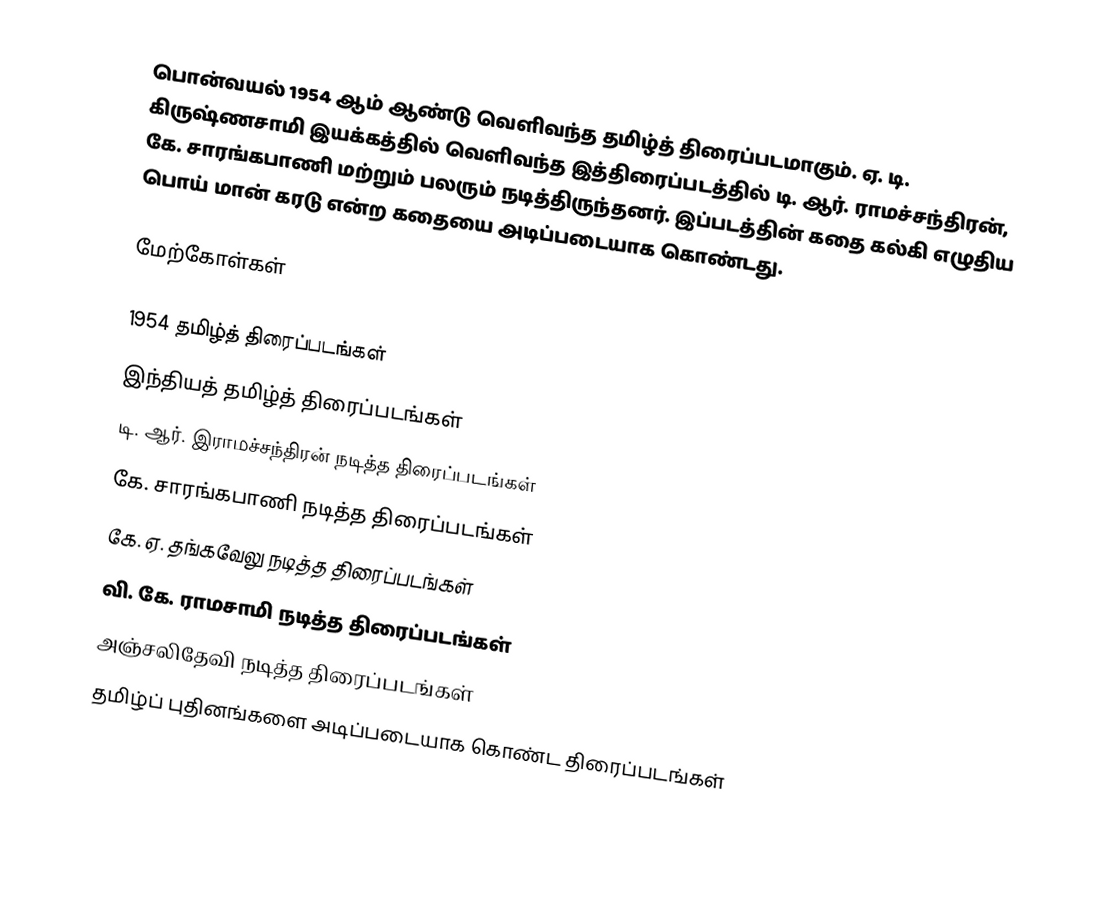
பொன்வயல் 1954 ஆம் ஆண்டு வெளிவந்த தமிழ்த் திரைப்படமாகும். ஏ. டி. கிருஷ்ணசாமி இயக்கத்தில் வெளிவந்த இத்திரைப்படத்தில் டி. ஆர். ராமச்சந்திரன், கே. சாரங்கபாணி மற்றும் பலரும் நடித்திருந்தனர். இப்படத்தின் கதை கல்கி எழுதிய பொய் மான் கரடு என்ற கதையை அடிப்படையாக கொண்டது.

மேற்கோள்கள்

1954 தமிழ்த் திரைப்படங்கள்
இந்தியத் தமிழ்த் திரைப்படங்கள்
டி. ஆர். இராமச்சந்திரன் நடித்த திரைப்படங்கள்
கே. சாரங்கபாணி நடித்த திரைப்படங்கள்
கே. ஏ. தங்கவேலு நடித்த திரைப்படங்கள்
வி. கே. ராமசாமி நடித்த திரைப்படங்கள்
அஞ்சலிதேவி நடித்த திரைப்படங்கள்
தமிழ்ப் புதினங்களை அடிப்படையாக கொண்ட திரைப்படங்கள்